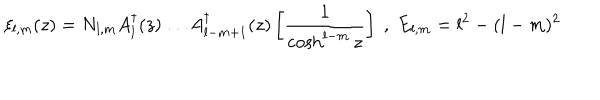
\xi _ { l , m } ( z ) = N _ { l , m } A _ { l } ^ { \dagger } ( z ) \dots A _ { l - m + 1 } ^ { \dagger } ( z ) \left[ \frac { 1 } { \cosh ^ { l - m } z } \right] \; , \; E _ { l , m } = l ^ { 2 } - ( l - m ) ^ { 2 }